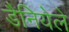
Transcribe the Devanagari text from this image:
डैनियेले